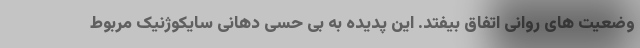
وضعیت های روانی اتفاق بیفتد. این پدیده به بی حسی دهانی سایکوژنیک مربوط